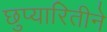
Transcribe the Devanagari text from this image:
छुप्यारितीने